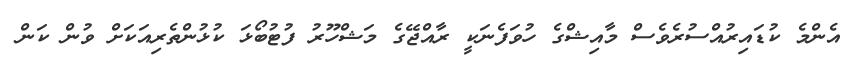
އެންމެ ކުޑައިރުއްސުރެވެސް މާއިޝްގެ ހުވަފެނަކީ ރާއްޖޭގެ މަޝްހޫރު ފުޓުބޯޅަ ކުޅުންތެރިއަކަށް ވުން ކަން